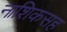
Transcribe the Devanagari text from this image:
नाशिकसह